Report on malaria in the Punjab during the year ...  together with an account of the work of the Punjab Malaria Bureau - Volume 4
Disease focus: Malaria
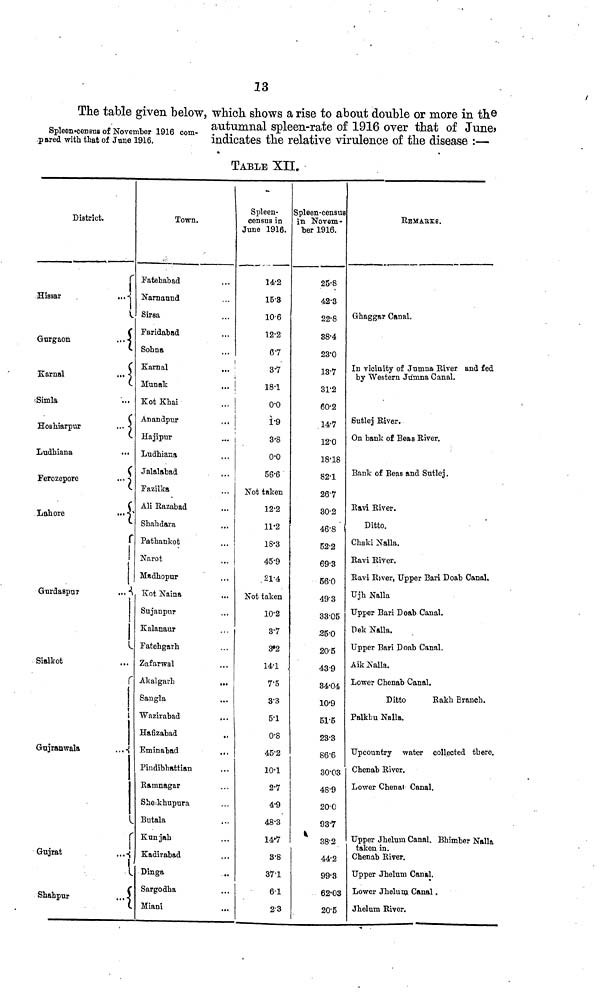
13
Spleen-census of November 1916 com-
pared with that of June 1916.
The table given below, which, shows a rise to about double or more in the
autumnal spleen-rate of 1916 over that of June»
indicates the relative virulence of the disease :—
TABLE XII.
District.
r
Hissar
...
Gurgaon
...
Karnal
...
Simla
Hoshiarpur
...
Ludhiana
Ferozepore
...
(
Lahore
...
Gurdaspur
...
!
[
Sialkot ...
r
Gujranwala
...
r
Gujrat
...
Shahpur
...
Town.
Fatehabad ...
Namaund ...
Sirsa ...
Faridabad ...
Sohna ...
Karnal ...
Munak ...
Kot Khai ...
Anandpur ...
Hajipur ...
Ludhiana
Jalalabad
Fazilka ...
Ali Razabad ...
Shahdara ...
Pathankot ...
Narot ...
Madhopur ...
Kot Naina ...
Sujanpur ...
Kalanaur ...
Fatehgarh ...
Zafarwal ...
Akalgarh
...
Sangla
Wazirabad ...
Hafizabad ...
Eminabad ...
Pindibhattian ...
Ramnagar ...
Sheikhupura ...
Butala ...
Kunjah ...
Kadirabad ...
Dinga ...
Sargodha ...
Miani ...
Spleen-
census in
June 1916.
14.2
15.3
106
12.2
0.7
3.7
18.1
0.0
1.9
3.8
0.0
56.6
Not taken
12.2
11.2
18.3
45.9
21.4
Not taken
10.2
3.7
3.2
14.1
75
33
5.1
0.8
45.2
10.1
2.7
4.9
48.3
14.7
8.8
371
6.1
2.3
Spleen-census
in Novem-
ber 1916.
25.8
42.3
22.8
38.4
23.0
13.7
31.2
60.2
14.7
12.0
18.18
82.1
26.7
30.2
46.8
52.2
69.3
56.0
49.3
33.05
35.0
20.5
43.9
34.04
10.9
51.5
23.3
86.6
30.03
48.9
20.0
93.7
38.2
44.2
99.3
62.03
20.5
REMARKS.
Ghaggar Canal.
In vicinity of Jumna River and fed
by Western Jumna Canal.
Sutlej River.
On bank of Beas River.
Bank of Beas and Sutlej.
Ravi River.
Ditto.
Chaki Nalla.
Ravi River.
Ravi River, Upper Bari Doab Canal.
Ujh Nalla
Upper Bari Doab Canal.
Dek Nalla.
Upper Bari Doab Canal.
Aik Nalla.
Lower Chenab Canal.
Ditto
Rakh Branch.
Palkbu Nalla.
Upcountry water collected there.
Chenab River.
Lower Chenal Canal.
Upper Jhelum Canal. Bhimber Nalla
taken in.
Chenab River.
Upper Jhelum Canal.
Lower Jhelum Canal.
Jhelum River.